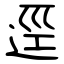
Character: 逕